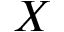
X